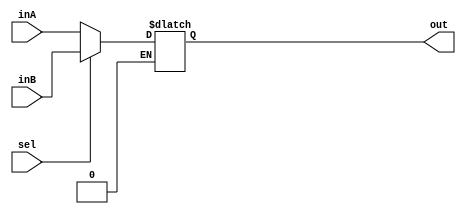
`timescale 1ns / 1ps
//////////////////////////////////////////////////////////////////////////////////
// Company: 
// Engineer: 
// 
// Design Name: 
// Module Name: Mux1Bit2To1
// Project Name: 
// Target Devices: 
// Tool Versions: 
// Description: 
// 
// Dependencies: 
// 
// Revision:
// Revision 0.01 - File Created
// Additional Comments:
// 
//////////////////////////////////////////////////////////////////////////////////


module Mux1Bit2To1(out, inA, inB, sel);
    output reg  out;
    
    input inA;
    input inB;
    input sel;

    /* Fill in the implementation here ... */ 
    always@(inA, inB, sel) begin
        if (sel == 0) begin
            out <= inA;
        end
        else if (sel == 1) begin
            out <= inB;
        end
    end
endmodule